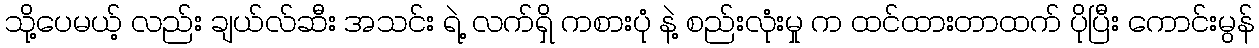
သို့ပေမယ့် လည်း ချယ်လ်ဆီး အသင်း ရဲ့ လက်ရှိ ကစားပုံ နဲ့ စည်းလုံးမှု က ထင်ထားတာထက် ပိုပြီး ကောင်းမွန်